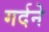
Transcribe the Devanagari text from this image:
गर्दने